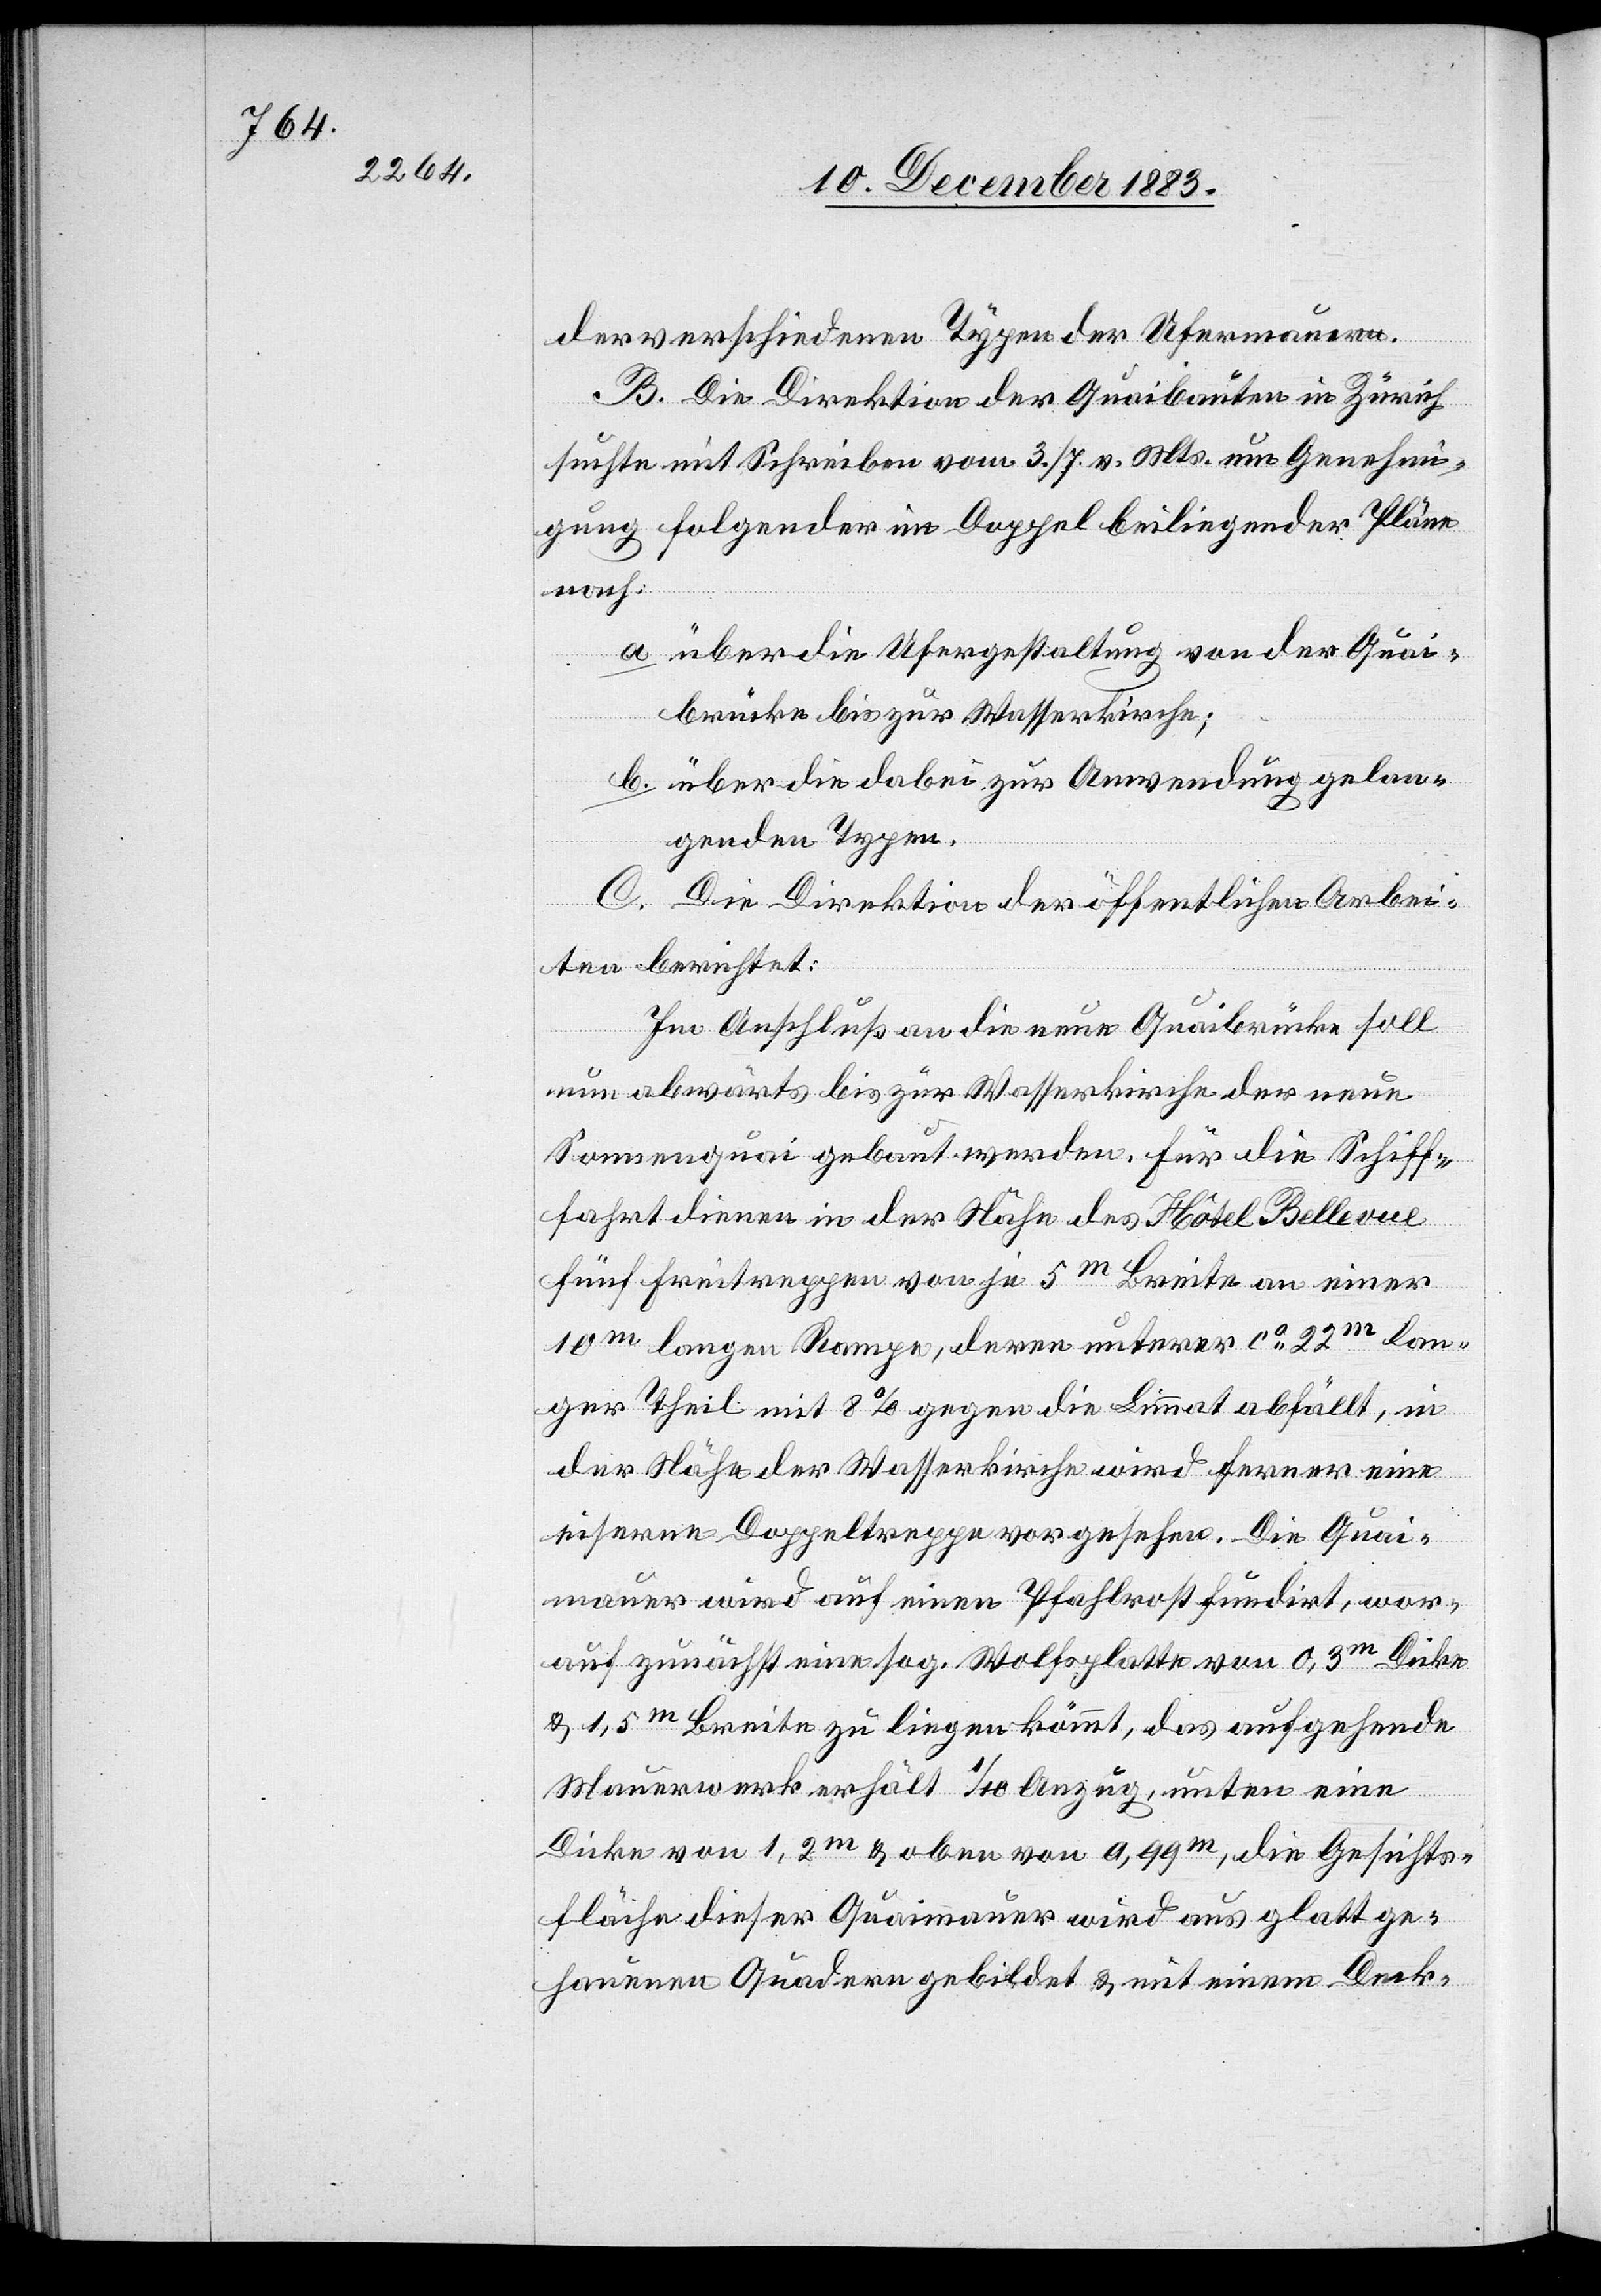
der verschiedenen Typen der Ufermauern.
B. Die Direktion der Quaibauten in Zürich
suchte mit Schreiben vom 3./7. v. Mts. um Genehmi¬
gung folgender im Doppel beiliegender Pläne
nach:
a. über die Ufergestaltung von der Quai¬
brücke bis zur Wasserkirche;
b. über die dabei zur Anwendung gelan¬
genden Typen.
C. Die Direktion der öffentlichen Arbei¬
ten berichtet:
Im Anschluß an die neue Quaibrücke soll
nun abwärts bis zur Wasserkirche der neue
Sonnenquai gebaut werden. Für die Schiff¬
fahrt dienen in der Nähe des Hôtel Bellevue
fünf Freitreppen von je 5m Breite an einer
10m langen Rampe, deren unterer ca22m lan¬
ger Theil mit 8% gegen die Limmat abfällt, in
der Nähe der Wasserkirche wird ferner eine
eiserne Doppeltreppe vorgesehen. Die Quai¬
mauer wird auf einen Pfahlrost fundirt, wor¬
auf zunächst eine sog. Wolfsplatte vom 0,3m Dicke
& 1,5m Breite zu liegen kommt, das aufgehende
Mauerwerk erhält 1/10 Anzug, unten eine
Dicke von 1,2m & oben von 0.99m, die Gesichts¬
fläche dieser Quaimauer wird aus glatt ge¬
hauenen Quadern gebildet & mit einem Deck-